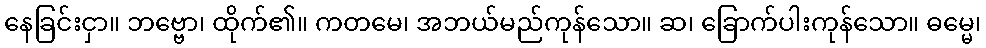
နေခြင်းငှာ။ ဘဗ္ဗော၊ ထိုက်၏။ ကတမေ၊ အဘယ်မည်ကုန်သော။ ဆ၊ ခြောက်ပါးကုန်သော။ ဓမ္မေ၊